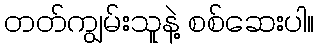
တတ်ကျွမ်းသူနဲ့ စစ်ဆေးပါ။